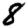
Digit: 8